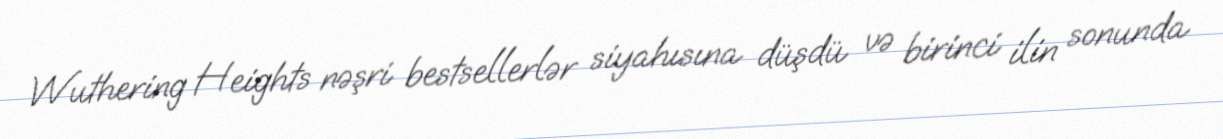
Wuthering Heights nəşri bestsellerlər siyahısına düşdü və birinci ilin sonunda